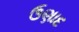
ઉણાદ